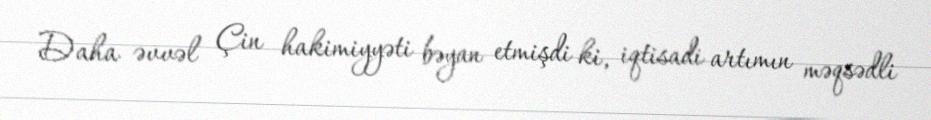
Daha əvvəl Çin hakimiyyəti bəyan etmişdi ki, iqtisadi artımın məqsədli